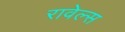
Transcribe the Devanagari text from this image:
रावेल्स